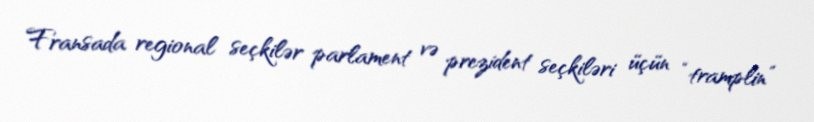
Fransada regional seçkilər parlament və prezident seçkiləri üçün “tramplin”